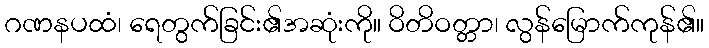
ဂဏနပထံ၊ ရေတွက်ခြင်း၏အဆုံးကို။ ဝိတိဝတ္တာ၊ လွန်မြောက်ကုန်၏။